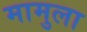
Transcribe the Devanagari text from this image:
मामुला